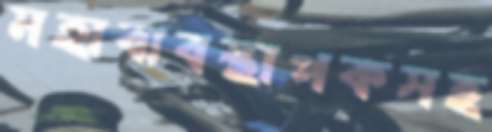
মহাব্যবস্থাপকসহ